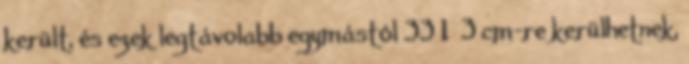
került, és ezek legtávolabb egymástól 33 1 3 cm-re kerülhetnek,